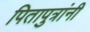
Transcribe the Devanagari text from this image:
पितापुत्रांनी